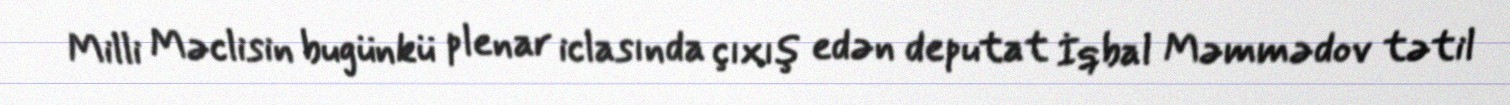
Milli Məclisin bugünkü plenar iclasında çıxış edən deputat İqbal Məmmədov tətil